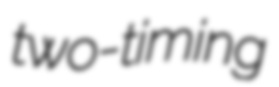
two-timing